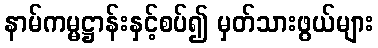
နာမ်ကမ္မဋ္ဌာန်းနှင့်စပ်၍ မှတ်သားဖွယ်များ